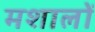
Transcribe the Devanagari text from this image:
मशालों